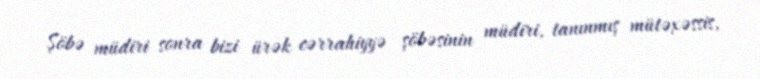
Şöbə müdiri sonra bizi ürək cərrahiyyə şöbəsinin müdiri, tanınmış mütəxəssis,